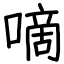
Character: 嘀